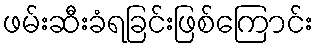
ဖမ်းဆီးခံရခြင်းဖြစ်ကြောင်း